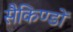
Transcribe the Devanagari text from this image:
सैकिण्डों